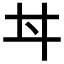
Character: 𠂀